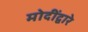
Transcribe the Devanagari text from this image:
मोदींद्वारे